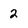
Character: 2